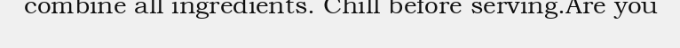
combine all ingredients. Chill before serving.Are you